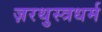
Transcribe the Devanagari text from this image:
ज़रथुस्त्रधर्म